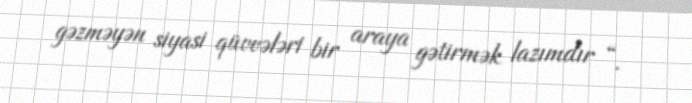
gəzməyən siyasi qüvvələri bir araya gətirmək lazımdır “.